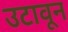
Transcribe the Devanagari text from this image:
उटावून